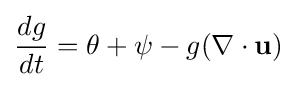
{\frac {dg}{dt}}=\theta +\psi -g(\nabla \cdot \mathbf {u} )